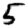
Digit: 5